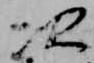
次